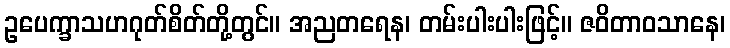
ဥပေက္ခာသဟဂုတ်စိတ်တို့တွင်။ အညတရေန၊ တမ်းပါးပါးဖြင့်။ ဇဝိတာဝသာနေ၊